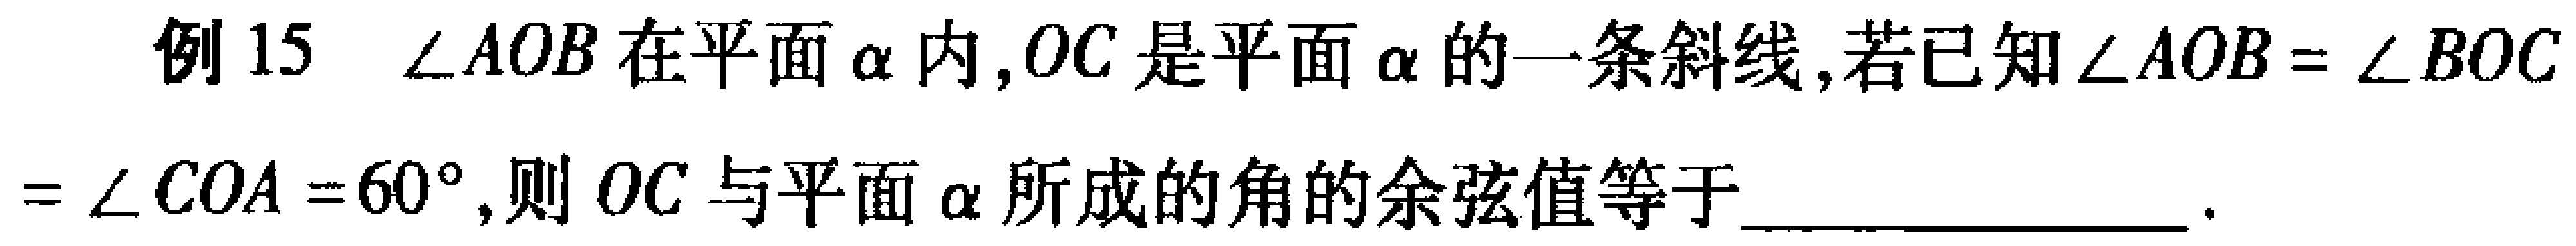
例 15 $\angle AOB$ 在平面 $\alpha$ 内,$OC$ 是平面 $\alpha$ 的一条斜线,若已知 $\angle AOB = \angle BOC$ $= \angle COA = 60^{\circ}$,则 $OC$ 与平面 $\alpha$ 所成的角的余弦值等于 __________________ .